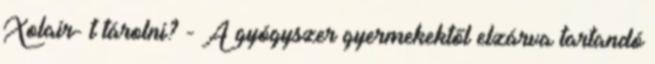
Xolair- t tárolni? - A gyógyszer gyermekektől elzárva tartandó